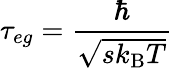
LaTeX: \tau_{eg}=\frac{\hbar}{\sqrt{sk_{\mathrm{B}}T}}